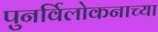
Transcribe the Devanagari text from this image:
पुनर्विलोकनाच्या